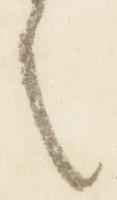
之